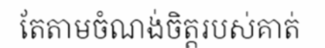
តែតាមចំណង់ចិត្តរបស់គាត់